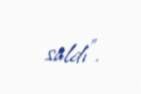
saldı".